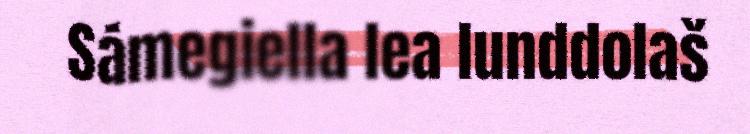
Sámegiella lea lunddolaš